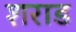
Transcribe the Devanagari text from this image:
शराड